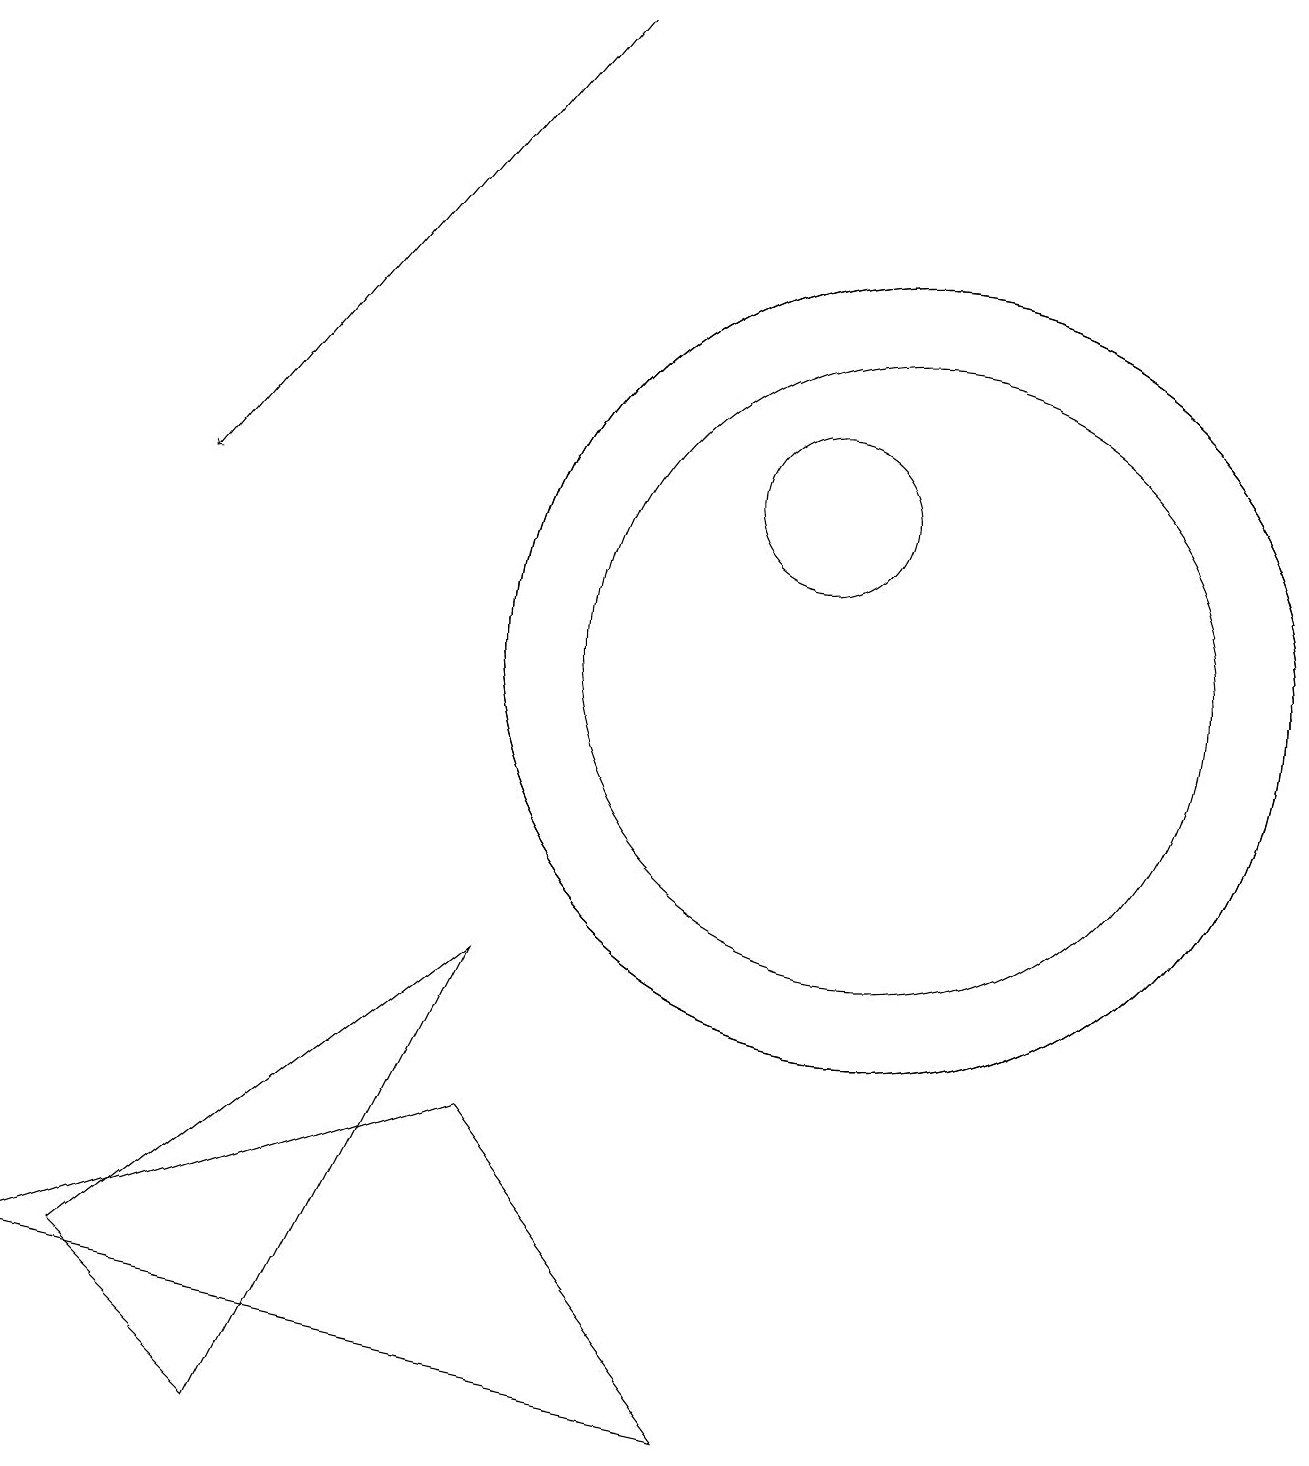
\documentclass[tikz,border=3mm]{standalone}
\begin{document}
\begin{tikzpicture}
\draw (3,0) -- (1,2) -- (6,6) -- cycle;
\draw (6,4) -- (0,2) -- (9,0) -- cycle;
\draw (10,12) circle (1);
\draw (11,10) circle (4);
\draw (11,10) circle (5);
\draw[->] (7,18) -- (2,12);
\draw (11,10) circle (5);
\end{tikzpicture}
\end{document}